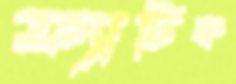
ফ্যাটিক